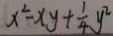
x ^ { 2 } - x y + \frac { 1 } { 4 } y ^ { 2 }